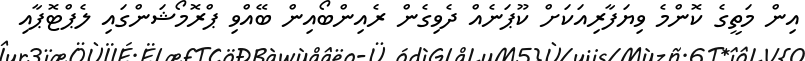
އިން މަތީގެ ކޮންމެ ވިޔަފާރިއަކަށް ކޫޕަނެއް ދެވިގެން ރެއިންބޯއިން ބޭއްވި ޕްރޮމޯޝަންގައި ލެޕްޓޮޕާއި